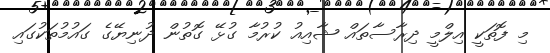
މި ފޮތަކީ އިލްމީ ދިރާސާތައް ޝާއިއު ކުރުމާ ގުޅޭ ގޮތުން ދުނިޔޭގެ ގައުމުތަކުގައި